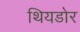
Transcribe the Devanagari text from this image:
थियडोर